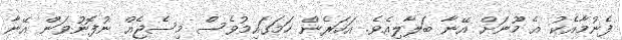
ފެނުމާއެކު އެ މޫނަށް އޭނާ ބަލާލިއެވެ. އަހަރެން ހަމަގައިމުވެސް މިސެޖެއް ނުފޮނުވަން އޭނާ